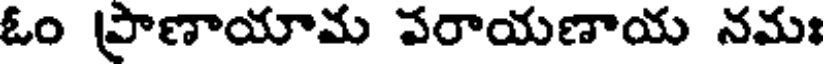
ఓం ప్రాణాయామ పరాయణాయ నమః